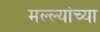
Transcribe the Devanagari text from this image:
मल्ल्यांच्या